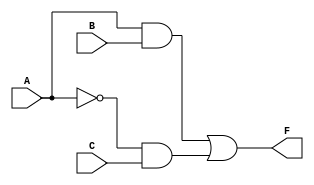
module MultiLevelLogicBlock (
    input wire A,  // Input variable A
    input wire B,  // Input variable B
    input wire C,  // Input variable C
    output wire F  // Output variable F
);

// Intermediate nodes
wire AB;         // Intermediate signal for A AND B
wire notA;      // Intermediate signal for NOT A
wire notA_and_C; // Intermediate signal for NOT A AND C

// Logic functions
// Step 1: Compute A AND B
assign AB = A & B;

// Step 2: Compute NOT A
assign notA = ~A;

// Step 3: Compute NOT A AND C
assign notA_and_C = notA & C;

// Step 4: Final output F = (A AND B) OR (NOT A AND C)
assign F = AB | notA_and_C;

endmodule